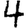
Digit: 4